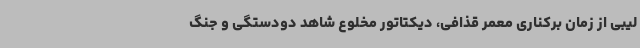
لیبی از زمان برکناری معمر قذافی، دیکتاتور مخلوع شاهد دودستگی و جنگ